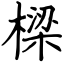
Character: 樑